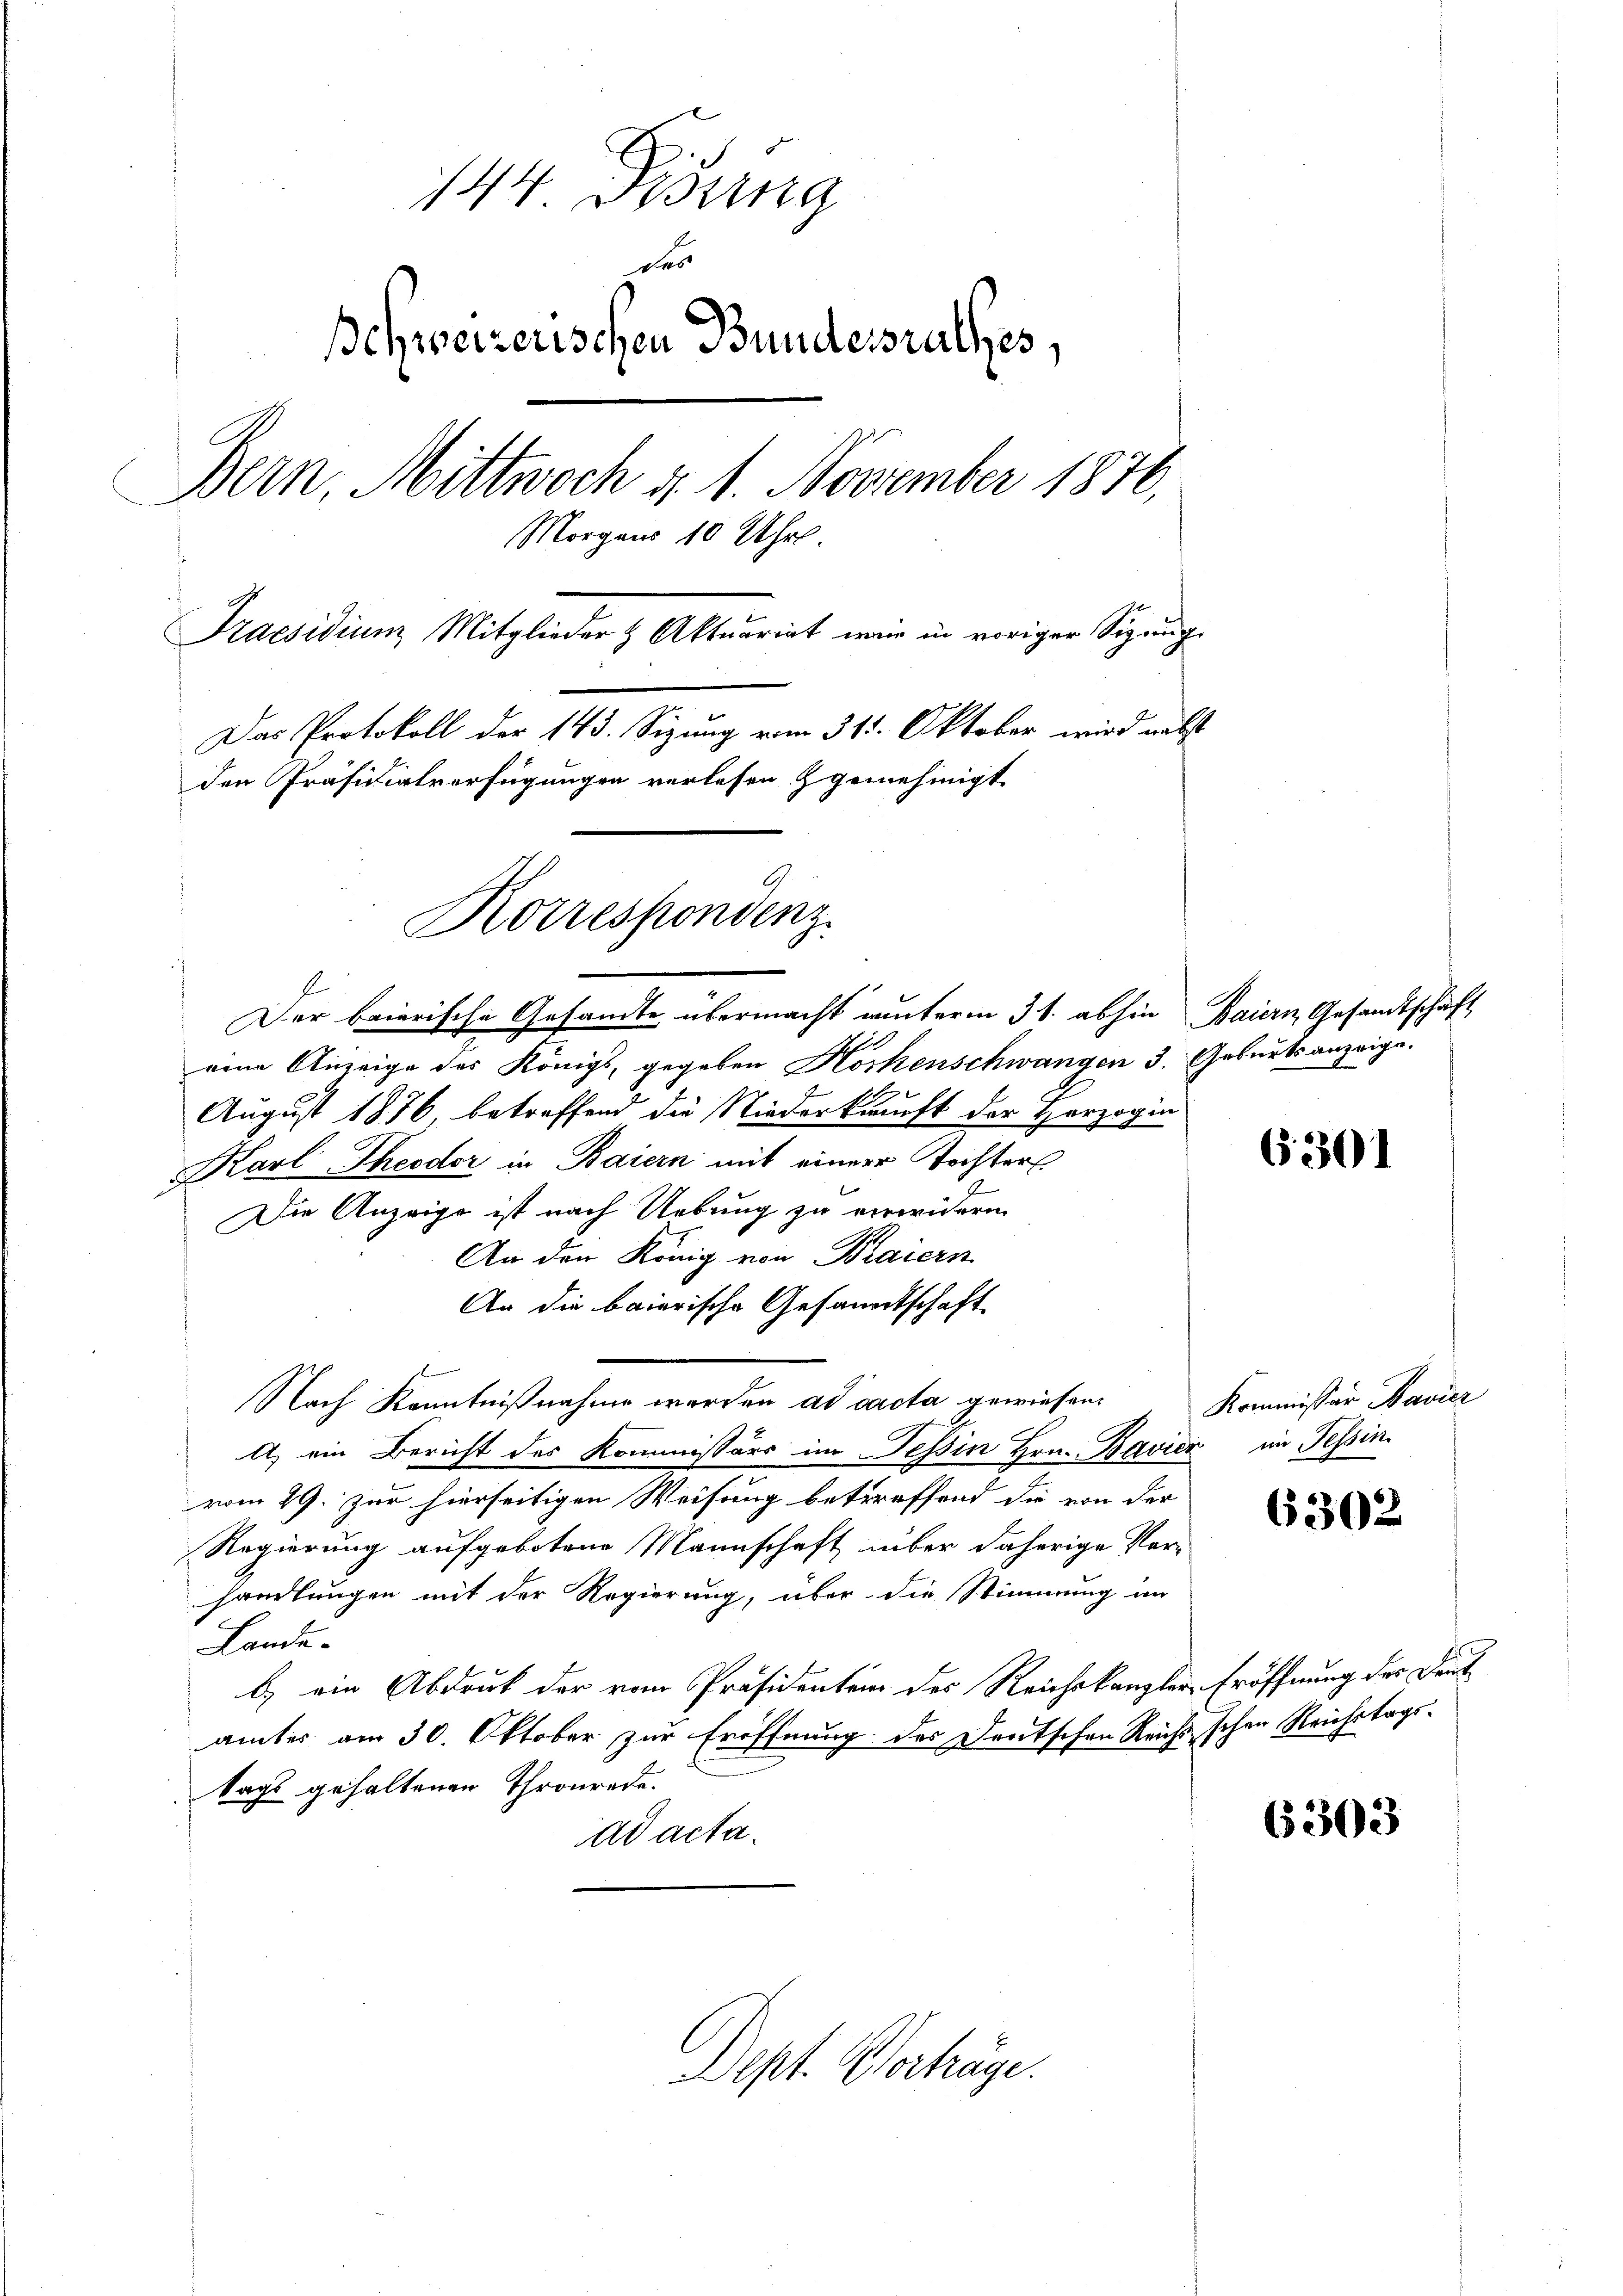
144 Didung
das
Ichweizerischen Bundesrathes,
Bern, Mittwoch d. 1. November 1876,
Morgens 10 Uhr.
Praesidium Mitglieder & Aktuariat wir in voriger Sitzungs
Das Protokoll der 143. Sizung vom 31. Oktober wird nebst
den Präsidialverfügungen verlesen genehmigt

Korrespondenz

E
Der baierische Gesandte übermacht unterm 31. abhin Baiern Gesandtschaft
eene Anzeige des Königs, gegeben Horkenschwangen 3. Geburtsanzeige.
August 1876, betreffend die Niederkunft der Herzogin
Karl Theodor in Baiern mit einer Tochter
Die Anzeige ist nach Uebung zu verwidern
An der König von Baiern
An die baierische Gesandtschaft
Nach Kenntnißnahme werden ad acta gewiesen,
A) ein Bericht des Kommissärs im Tessin Hrn. Bavier im Tessin
vom 29. zur hierseitigen Weisung betreffend die von der
Regierung aufgebotene Mannschaft über daherige Ver-
handlungen mit der Regierung, über die Stimmung im
Lande
b) ein Abdruck der vom Präsidenten des Reichskanzler Eröffnung des Deut
ämter am 30. Oktober zur Eröffnung des Deutschen Reich schen Reichstags-
tags gehaltenen Thronrede.
ad acta.

Dept. Verträge.

6301

Kommissär Bavier

6302

6303